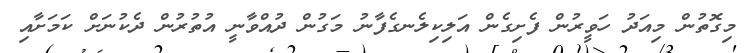
މިގޮތުން މިއަދު ހަވީރުން ފެށިގެން އަލިކިލެނގެފާނު މަގުން ދުއްވާނީ އުތުރުން ދެކުނަށް ކަމަށާއި